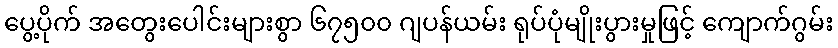
ပွေ့ပိုက် အတွေးပေါင်းများစွာ ၆၇၅၀၀ ဂျပန်ယမ်း ရုပ်ပုံမျိုးပွားမှုဖြင့် ကျောက်ဂွမ်း